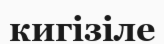
кигізіле